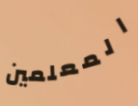
المعلمين